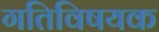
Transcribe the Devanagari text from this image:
गतिविषयक